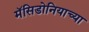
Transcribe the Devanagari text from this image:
मॅसिडोनियाच्या